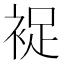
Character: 𧚖